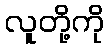
လူတို့ကို